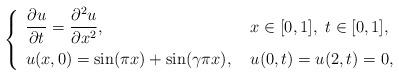
LaTeX: \begin{align*}\left\{ \renewcommand{\arraystretch}{1.5} \begin{array}{ll} \dfrac{\partial u}{\partial t} = \dfrac{\partial^2 u}{\partial x^2}, & \ x\in[0,1], \ t \in[0,1], \\ u(x,0) = \sin(\pi x) + \sin(\gamma \pi x), & \ u(0,t)=u(2,t)=0 , \end{array} \right.\end{align*}